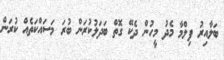
ބަލާއިރު ފިލްމާ މެދު މީހުން ދެކޭ ގޮތް ބަދަލުކުރަން ބުރަ މަސައްކަތެއް ކުރަން